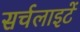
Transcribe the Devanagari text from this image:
सर्चलाइटें